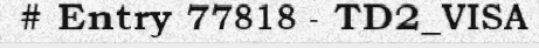
# Entry 77818 - TD2_VISA